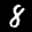
Label: 8